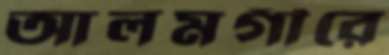
আলমগীরে